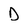
Character: D